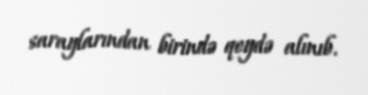
saraylarından birində qeydə alınıb.